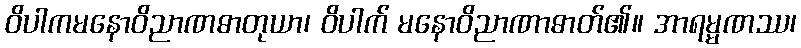
ဝိပါကမနောဝိညာဏဓာတုယာ၊ ဝိပါက် မနောဝိညာဏာဓာတ်၏။ အာရမ္မဏဿ၊